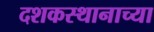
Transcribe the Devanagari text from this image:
दशकस्थानाच्या